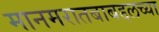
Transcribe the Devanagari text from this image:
मानमरातबाबद्दलच्या